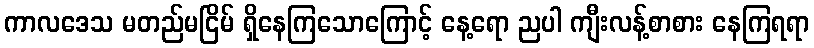
ကာလဒေသ မတည်မငြိမ် ရှိနေကြသောကြောင့် နေ့ရော ညပါ ကျီးလန့်စာစား နေကြရရာ